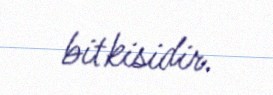
bitkisidir.